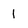
Character: 1